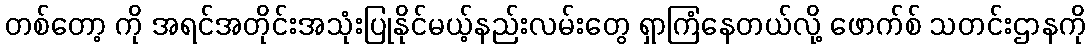
တစ်တော့ ကို အရင်အတိုင်းအသုံးပြုနိုင်မယ့်နည်းလမ်းတွေ ရှာကြံနေတယ်လို့ ဖောက်စ် သတင်းဌာနကို